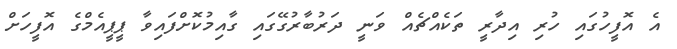
އެ އޮފީހުގައި ހުރި އިދާރީ ތަކެއްޗެއް ވަނީ ދަރުބާރުގޭގައި ގާއިމުކޮށްފައިވާ ޕީޕީއެމްގެ އޮފީހަށް